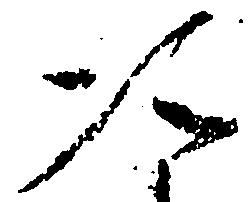
次